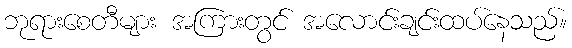
ဘုရားစေတီများ အကြားတွင် အလောင်းချင်းထပ်နေသည်။